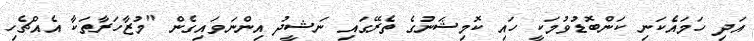
އަދި ހަމައެކަނި ކަންބޮޑުވުމަކީ ހައި ކޮމިޝަނުގެ ތެރޭގައި ނަޝީދު އިންނަވައިގެން "މުޒާހަރާތަކާ އެއްޗެހި